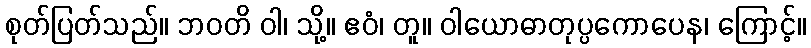
စုတ်ပြတ်သည်။ ဘဝတိ ဝါ၊ သို့။ ဧဝံ၊ တူ။ ဝါယောဓာတုပ္ပကောပေန၊ ကြောင့်။